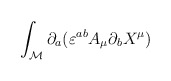
\begin{align*}\int _{\cal M}\partial _{a}(\varepsilon ^{ab}A_{\mu }\partial _{b}X^{\mu })\end{align*}